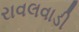
રાવલવાડી